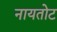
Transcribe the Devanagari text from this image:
नायतोट